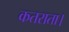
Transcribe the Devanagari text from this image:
कतराता।